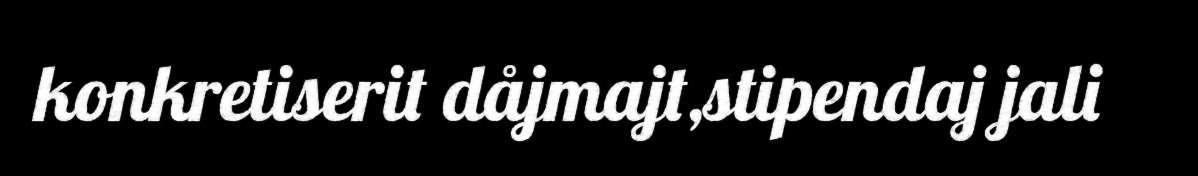
konkretiserit dåjmajt,stipendaj jali